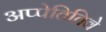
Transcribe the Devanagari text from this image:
अप्पेतितिवे